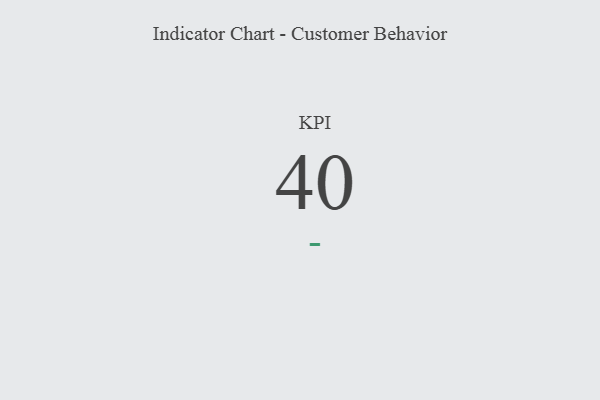
{"axis": {"x": "KPI", "y": "Value"}, "legend": [""], "data": [{"x": "KPI", "y": 40, "type": ""}]}